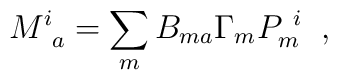
M^{i}_{~a} = \sum_m B_{ma} \Gamma_m P^{~i}_{m}\;\; ,